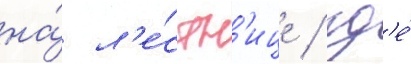
на́ л'е́стн'ице / гд'е́